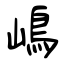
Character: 嶋